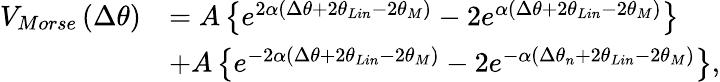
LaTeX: \begin{array}{rl}{{{V}_{Morse}}\left(\Delta{{\theta}}\right)}&{=A\left\{ {{e}^{2\alpha\left(\Delta{{\theta}}+2{{\theta}_{Lin}}-2\theta_{M}\right)}}-2{{e}^{\alpha\left(\Delta{{\theta}}+2{{\theta}_{Lin}}-2\theta_{M}\right)}}\right\} }\\ &{+A\left\{ {{e}^{-2\alpha\left(\Delta{{\theta}}+2{{\theta}_{Lin}}-2\theta_{M}\right)}}-2{{e}^{-\alpha\left(\Delta{{\theta}_{n}}+2{{\theta}_{Lin}}-2\theta_{M}\right)}}\right\} ,}\end{array}